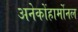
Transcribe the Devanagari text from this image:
अनेकोंहार्मोनल